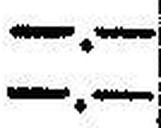
—.—